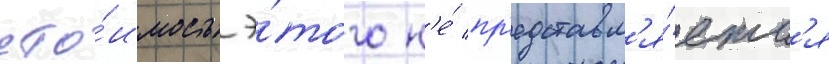
сто́имость э́того н'е́ пр'едставл'я́етс'я